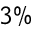
3 \%